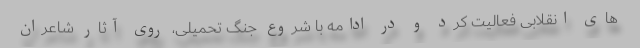
های انقلابی فعالیت کرد و در ادامه با شروع جنگ تحمیلی، روی آثار شاعران